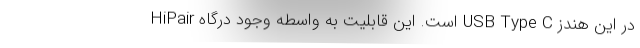
HiPair است. این قابلیت به واسطه وجود درگاه USB Type C در این هندز